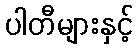
ပါတီများနှင့်